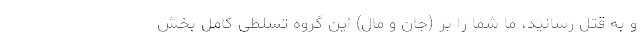
و به قتل رسانید، ما شما را بر (جان و مال) این گروه تسلطی کامل بخش